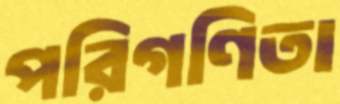
পরিগণিতা